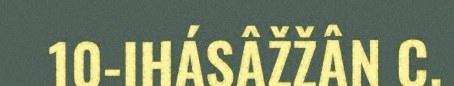
10-IHÁSÂŽŽÂN C.